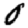
Digit: 0